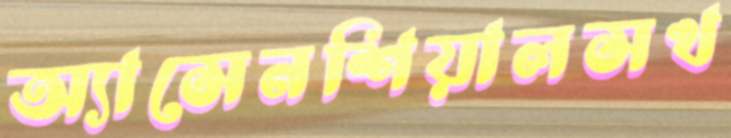
অ্যাসেনশিয়ালসখ